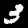
Digit: 3